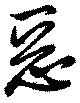
惡